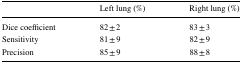
<table><thead><tr><td></td><td><b>Left lung (%)</b></td><td><b>Right lung (%)</b></td></tr></thead><tbody><tr><td>Dice coefficient</td><td>82 ± 2</td><td>83 ± 3</td></tr><tr><td>Sensitivity</td><td>81 ± 9</td><td>82 ± 9</td></tr><tr><td>Precision</td><td>85 ± 9</td><td>88 ± 8</td></tr></tbody></table>